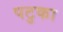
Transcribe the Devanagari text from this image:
पटुका